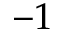
- 1